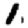
Digit: 1